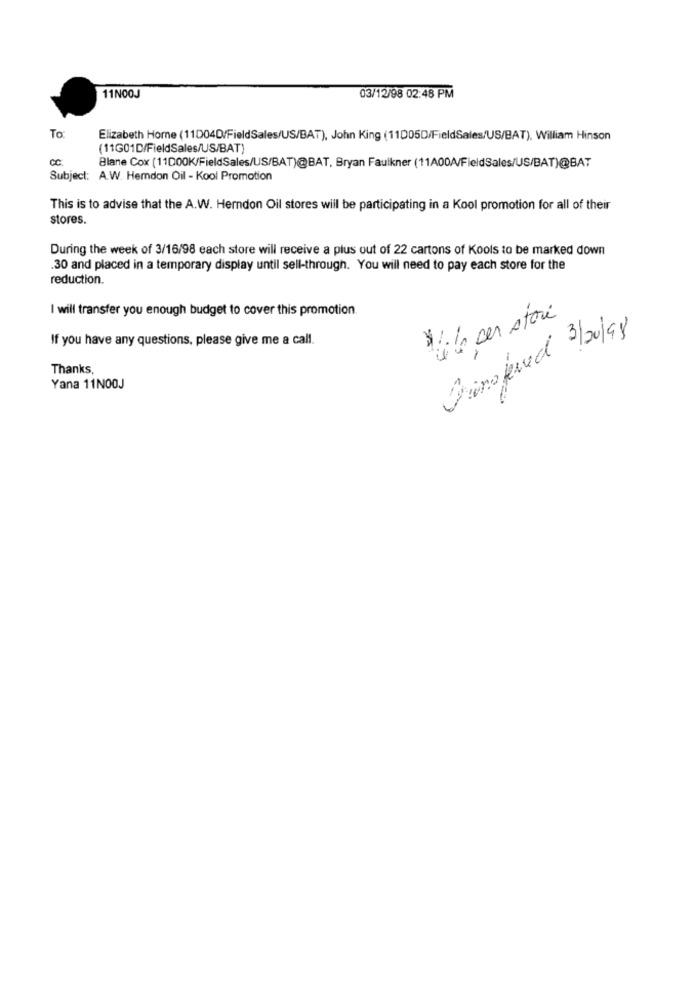
11NO0J
03/12/98 02:48 PM
To
Elizabeth Horne (11004D/FieldSales/US/BAT), John King (11005D/FieldSales/US/BAT), William Hinson
(11G01D/FieldSales/US/BAT)
CC:
Blane Cox (11000K/FieldSales/US/BAT)@BAT, Bryan Faulkner (11A00A/FieldSales/US/BAT)@BAT
Subject: A.W. Hemdon Oil - Kool Promotion
This is to advise that the A.W. Herndon Oil stores will be participating in a Kool promotion for all of their
stores.
During the week of 3/16/98 each store will receive a plus out of 22 cartons of Kools to be marked down
30 and placed in a temporary display until sell-through. You will need to pay each store for the
reduction.
I will transfer you enough budget to cover this promotion.
Vis cer stori
Orino jened 3/20/98
If you have any questions, please give me a call.
Thanks
Yana 11NO0J